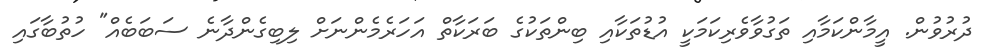
ދުރުވުން. އީީމާންކަމާއި ތަގުވާވެރިކަމަކީ އުޑުތަކާއި ބިންތަކުގެ ބަރަކާތް އަހަރެމެންނަށް ލިބިގެންދާނެ ސަބަބެއް" ހުތުބާގައި